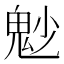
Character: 𩲎